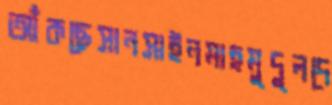
আঁকছেসানসাইনমাহমুদুলদে